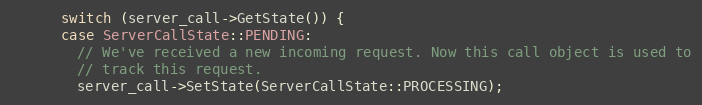
Language: C++
      switch (server_call->GetState()) {
      case ServerCallState::PENDING:
        // We've received a new incoming request. Now this call object is used to
        // track this request.
        server_call->SetState(ServerCallState::PROCESSING);